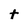
Character: t